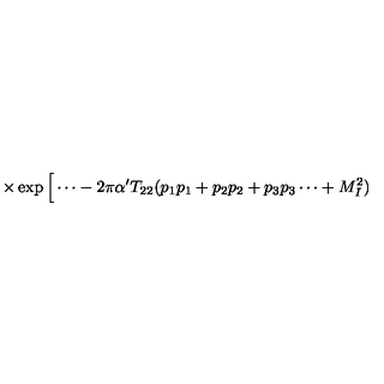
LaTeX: \times \exp \Big [ \cdots - 2 \pi \alpha ^ { \prime } T _ { 2 2 } ( p _ { 1 } p _ { 1 } + p _ { 2 } p _ { 2 } + p _ { 3 } p _ { 3 } \cdots + M _ { I } ^ { 2 } )